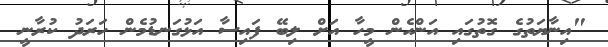
"އިނާޔަތުގެ ގޮތުގައި އަންހެން މީހާ އަށް ލިބޭ ފައިސާ އަޅުގަނޑުމެން ހަރަދު ކުރާނީ